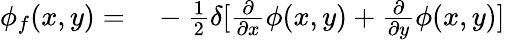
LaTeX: \begin{array}{rl}{\phi_{f}(x,y)=}&{{}-\frac{1}{2}\delta[\frac{\partial}{\partial x}\phi(x,y)+\frac{\partial}{\partial y}\phi(x,y)]}\end{array}